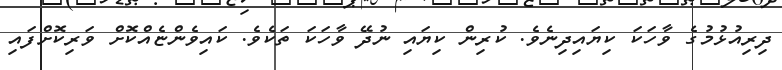
ދިރިއުޅުމުގެ ވާހަކަ ކިޔައިދިނެވެ. ކުރިން ކިޔައި ނުދޭ ވާހަކަ ތަކެވެ. ކައިވެންޏެއްކޮށް ވަރިކޮށްފައި